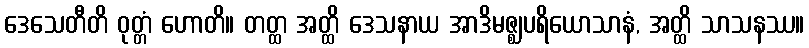
ဒေသေတီတိ ဝုတ္တံ ဟောတိ။ တတ္ထ အတ္ထိ ဒေသနာယ အာဒိမဇ္ဈပရိယောသာနံ, အတ္ထိ သာသနဿ။